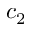
c _ { 2 }